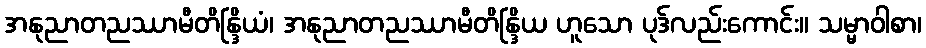
အနုညာတညဿာမီတိန္ဒြိယံ၊ အနုညာတညဿာမီတိန္ဒြိယ ဟူသော ပုဒ်လည်းကောင်း။ သမ္မာဝါစာ၊